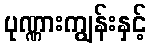
ပုဏ္ဏားကျွန်းနှင့်